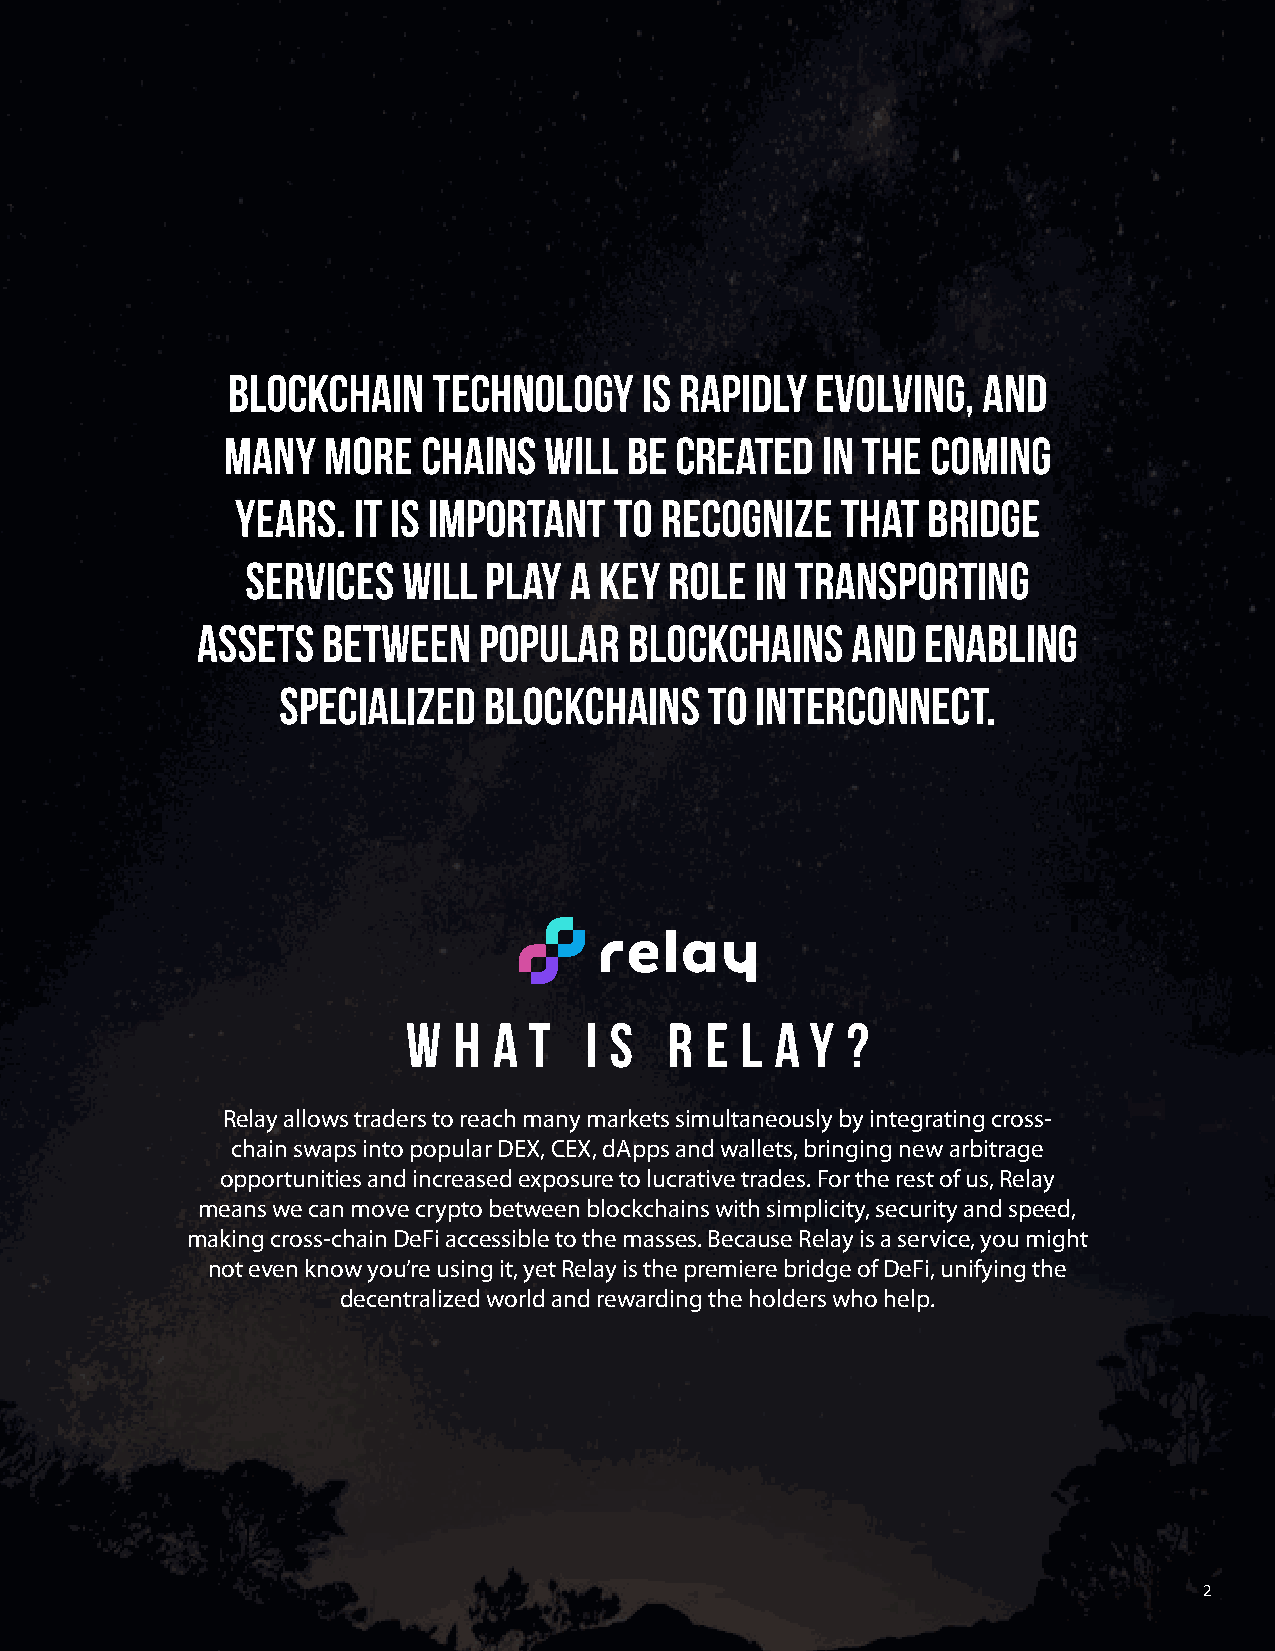
Blockchain    technology   is rapidly  evolving,  and
 many  more   chains  will  be created  in the  coming
 years. It is important   to recognize   that bridge
 services   will play  a key role  in transporting
 assets  between    popular   blockchains   and  enabling
 specialized   blockchains    to interconnect.
 W  h  a t   i s  R  e l a  y ?
 Relay allows traders to reach many markets simultaneously by integrating cross-
 chain swaps into popular DEX, CEX, dApps and wallets, bringing new arbitrage
 opportunities and increased exposure to lucrative trades. For the rest of us, Relay
 means we can move crypto between blockchains with simplicity, security and speed,
 making cross-chain DeFi accessible to the masses. Because Relay is a service, you might
 not even know you’re using it, yet Relay is the premiere bridge of DeFi, unifying the
 decentralized world and rewarding the holders who help.
 2